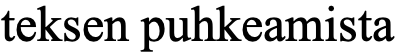
teksen puhkeamista